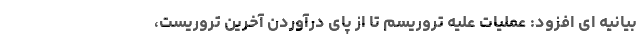
بیانیه ای افزود: عملیات علیه تروریسم تا از پای درآوردن آخرین تروریست،